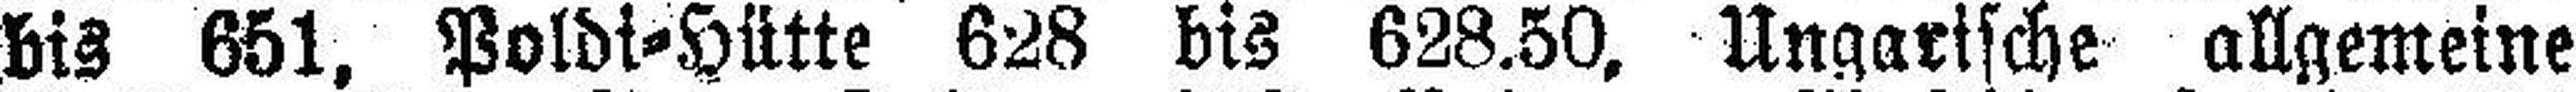
bis 651, Poldi=Hütte 628 bis 628.50, Ungarische allgemeine